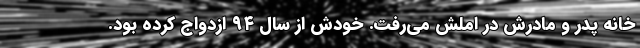
خانه پدر و مادرش در اَملَش می‌رفت. خودش از سال ٩٤ ازدواج کرده بود.